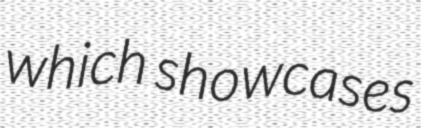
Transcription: which showcases